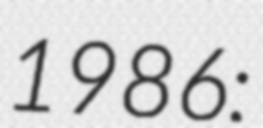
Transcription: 1986: